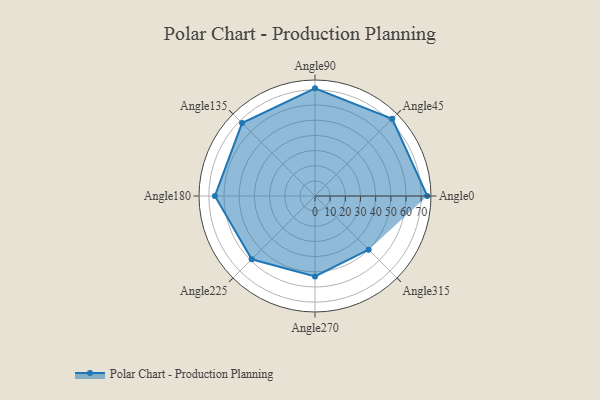
{"axis": {"x": "Angle", "y": "Radius"}, "legend": [""], "data": [{"x": "Angle0", "y": 74.0, "type": ""}, {"x": "Angle45", "y": 72.0, "type": ""}, {"x": "Angle90", "y": 71.0, "type": ""}, {"x": "Angle135", "y": 68.0, "type": ""}, {"x": "Angle180", "y": 66.0, "type": ""}, {"x": "Angle225", "y": 59.0, "type": ""}, {"x": "Angle270", "y": 53.0, "type": ""}, {"x": "Angle315", "y": 50, "type": ""}]}